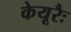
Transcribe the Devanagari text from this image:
केयूरैः